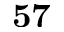
\mathbf { 5 7 }